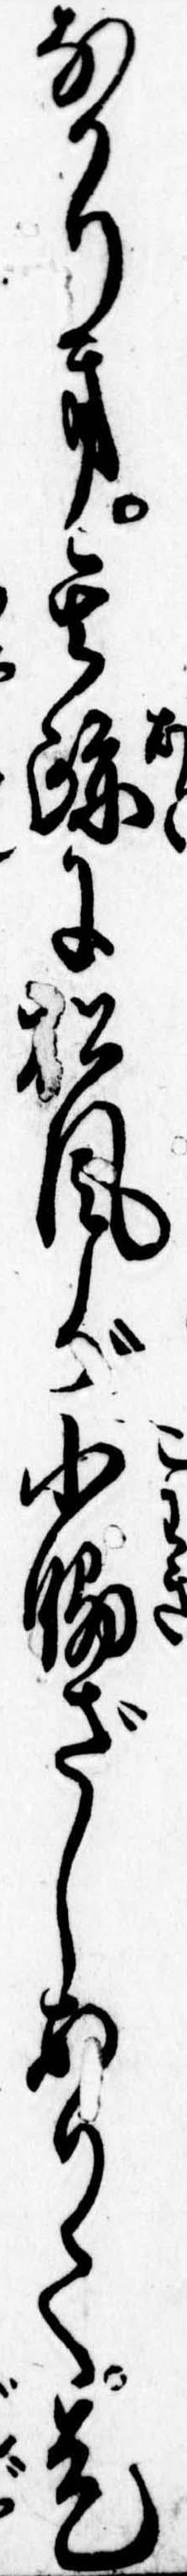
なかりき其跡に松風が小脇ざしありて是